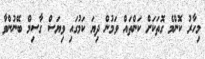
މިހާރު ކޮންމެ ގޮތަކަށް ކަންތައް ވަމުން ދިޔަ ކަމުގައި ވިޔަސް ގާސިމް ބޭނުންވާ